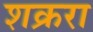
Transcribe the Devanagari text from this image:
शक्ररा